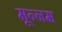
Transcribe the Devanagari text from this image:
मून्नम